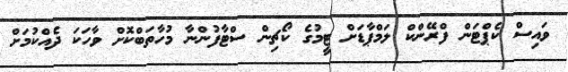
ވައިސް ކެޕްޓަން ފްރޭންކް ލަމްޕާޑަށް ޓީމުގެ ކޯޗިން ސްޓާފުންނާ މުހާތަބްކޮށް ވާހަކަ ދެއްކުމަށް